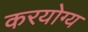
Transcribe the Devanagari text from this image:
करयोग्य